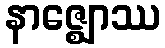
နာဇ္ဈောဿ